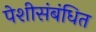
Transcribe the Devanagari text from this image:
पेशीसंबंधित